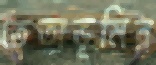
তেতাভূমির